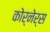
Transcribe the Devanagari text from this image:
कोर्नेर्स